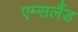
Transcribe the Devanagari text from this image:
एम्सलैंड